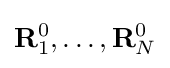
\mathbf {R} _{1}^{0},\ldots ,\mathbf {R} _{N}^{0}